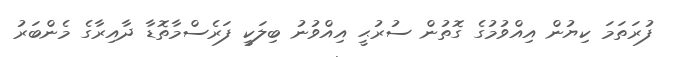
ފުރަތަމަ ކިޔުން އިއްވުމުގެ ގޮތުން ސުރުޙީ އިއްވުނު ބިލަކީ ފަރެސްމާތޮޑާ ދާއިރާގެ މެންބަރު